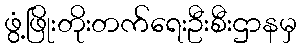
ဖွံ့ဖြိုးတိုးတက်ရေးဦးစီးဌာနမှ